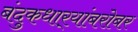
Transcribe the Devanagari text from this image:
बंदुकधार्‍यांबरोबर